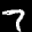
Label: 7